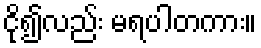
ငို၍လည်း မရပါတကား။